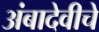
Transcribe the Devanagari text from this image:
अंबादेवीचे